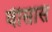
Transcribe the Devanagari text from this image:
वीसास